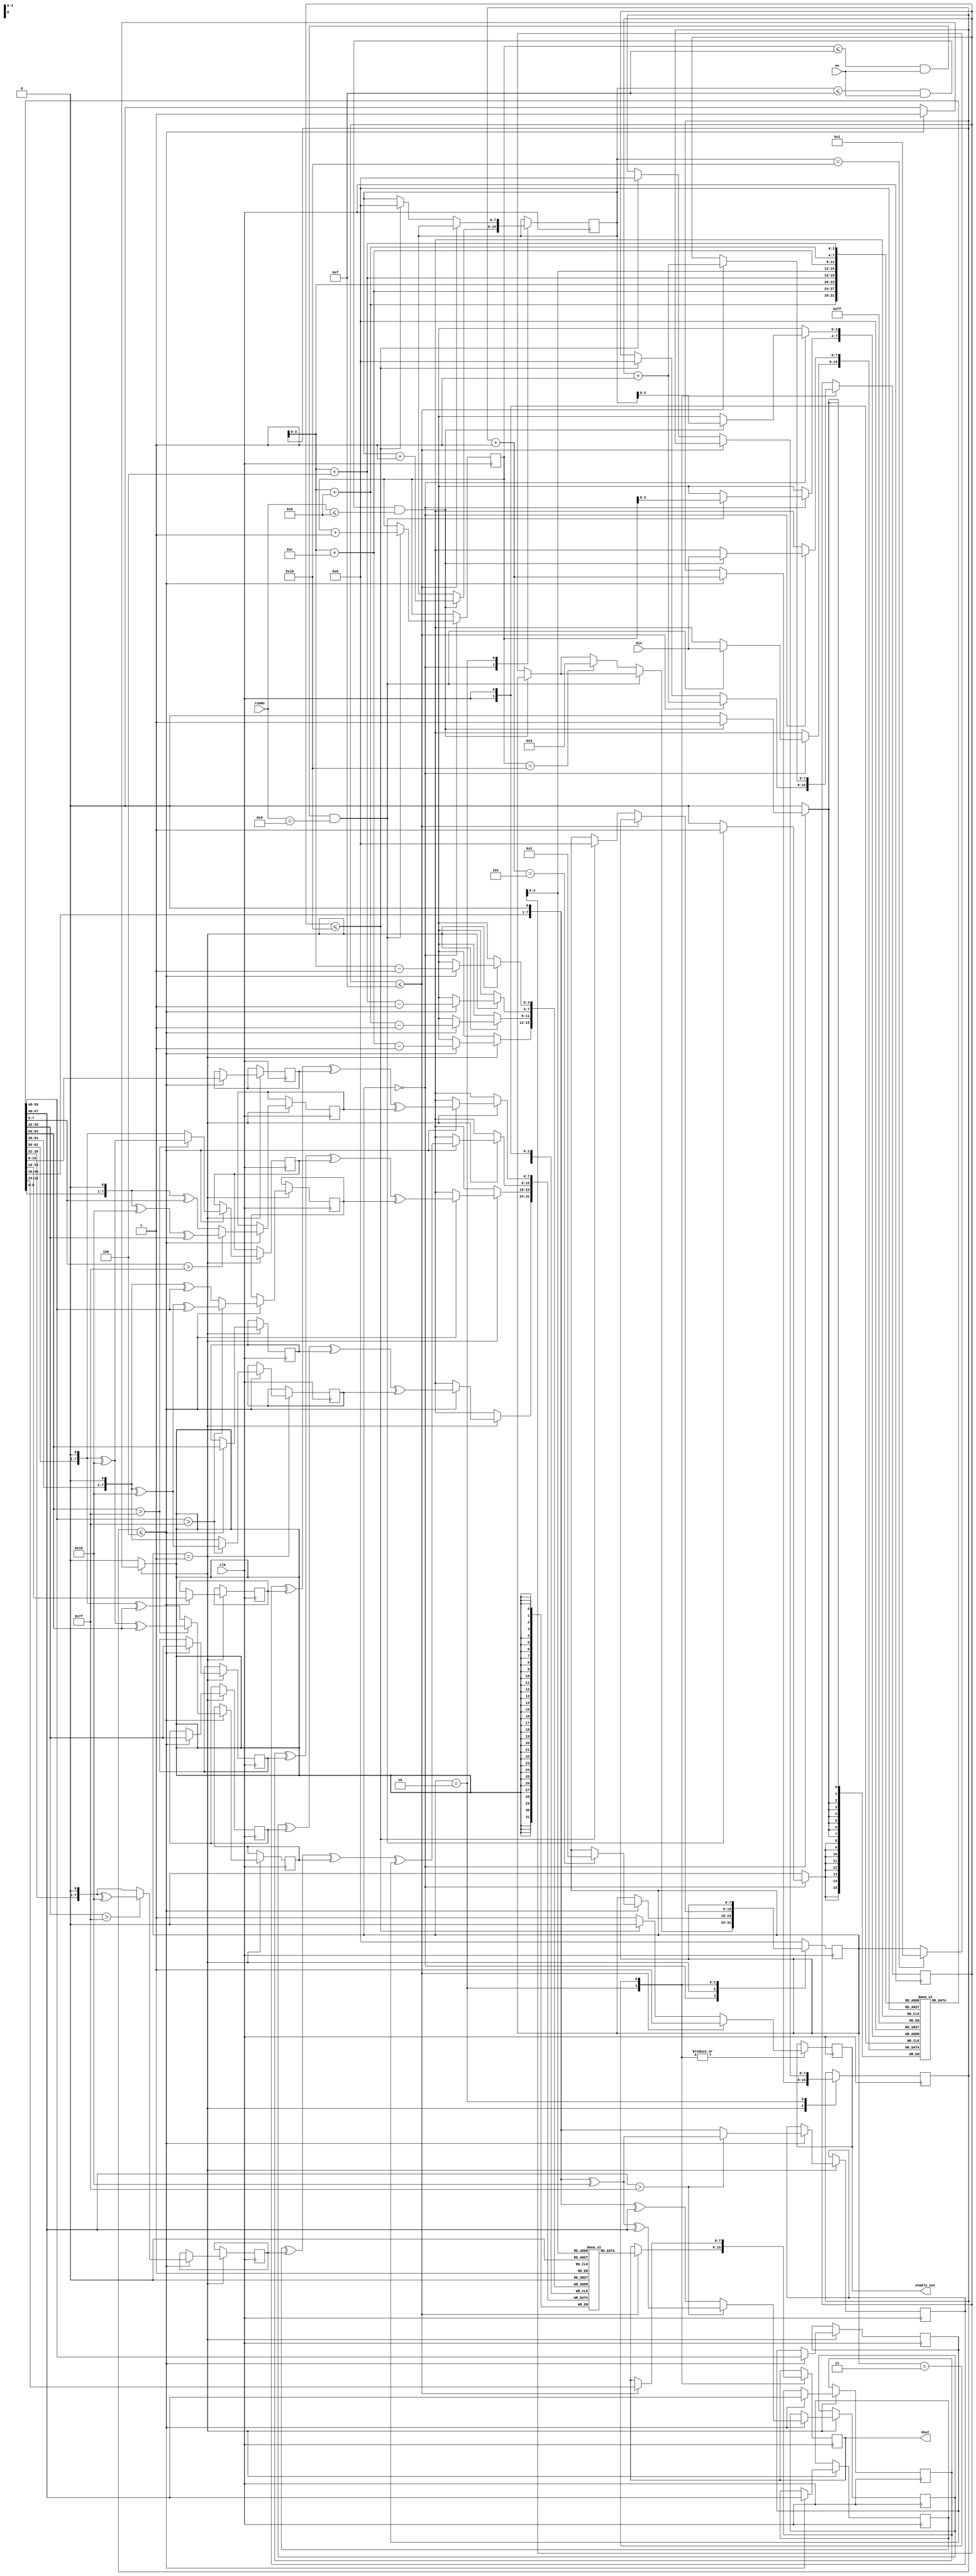
`timescale 1ns / 1ps
//////////////////////////////////////////////////////////////////////////////////
// Company: 
// Engineer: 
// 
// Design Name: 
// Module Name:    Mix_Columns 
// Project Name: 
// Target Devices: 
// Tool versions: 
// Description: 
//
// Dependencies: 
//
// Revision: 
// Revision 0.01 - File Created
// Additional Comments: 
//
//////////////////////////////////////////////////////////////////////////////////
module Mix_Columns(clk,din,dout,en,enable_out,rowNo);
input clk,en;
input [7:0] din ,rowNo;
output reg [7:0] dout;
output enable_out;
reg enable_out =1'd0;
reg[7:0] c=8'd0;
reg [7:0] mem_din [0:15];
reg [7:0] mem_col [0:15];
reg[7:0] state = 8'd0;
reg[7:0] c0,c1,c2,c3,c4,c5,c6,c7,c8,c9,c10,c11,c12,c13,c14,c15;
reg[7:0] p0,p1,p2,p3;
reg[7:0] cs=8'd0;
reg[7:0] co=8'd0;
reg[7:0] cor=8'd0;
always@(posedge clk)begin
case(state)
8'd0:begin
if(c<=8'd15 && en==1'd1 && rowNo <= 8'd8)begin
 mem_din[c] <= din;
 c <= c +1'd1;
end
else if (c== 8'd16)begin
state<= 8'd1;
end
if(cor<=8'd15 && en==1'd1 && rowNo == 8'd9)begin
mem_din[cor] <= din;
 cor <= cor +1'd1;
end
else if (cor== 8'd16)begin
state<= 8'd3;
end
end

8'd1:begin
if(cs<=8'd4)begin
if(mem_din[cs] > 8'd127)begin
   c0 <= (mem_din[cs]<<1) ^ 8'h1b;
end
else begin
c0<=mem_din[cs]<<1;
end

c1<=mem_din[cs+8'd12];
c2<=mem_din[cs+8'd8];
if(mem_din[cs+8'd4] > 8'd127)begin
c3 <= (mem_din[cs +8'd4]<<1) ^ 8'h1b ^mem_din[cs+4];
end
else begin
c3 <= (mem_din[cs+8'd4]<<1)^mem_din[cs+8'd4];
end
p0=c0^c1^c2^c3;
////////////pos1////////////////////
 c4<= mem_din[cs];
////////////////////2///////////////////	  
	if(mem_din[cs+4] > 8'd127)begin
       c5 <= (mem_din[cs+4]<<1) ^ 8'h1b;
      end
else begin
      c5<=mem_din[cs+4]<<1;
end  
////////////////3////////////////////////
if(mem_din[cs+8] > 8'd127)begin
c6 <= (mem_din[cs+8]<<1) ^ 8'h1b ^mem_din[cs+8];
end
else begin
c6 <= (mem_din[cs+8]<<1)^mem_din[cs+8];
end

c7 <= mem_din[cs+12];

p1=c4^c5^c6^c7;
////////////pos1////////////////////
////////////pos2////////////////////

c8<= mem_din[cs];
c9<= mem_din[cs+4];
////////////////////2///////////////////	  
	if(mem_din[cs+8] > 8'd127)begin
       c10 <= (mem_din[cs+8]<<1) ^ 8'h1b;
      end
else begin
      c10<=mem_din[cs+8]<<1;
end  
////////////////3////////////////////////
if(mem_din[cs+12] > 8'd127)begin
c11 <= (mem_din[cs+12]<<1) ^ 8'h1b ^mem_din[cs+12];
end
else begin
c11 <= (mem_din[cs+12]<<1)^mem_din[cs+12];
end
p2=c8^c9^c10^c11;
////////////pos2////////////////////
////////////pos3////////////////////

////////////////3////////////////////////
if(mem_din[cs] > 8'd127)begin
c12 <= (mem_din[cs]<<1) ^ 8'h1b ^mem_din[cs];
end
else begin
c12 <= (mem_din[cs]<<1)^mem_din[cs];
end

c13<= mem_din[cs+4];
c14<= mem_din[cs+8];
////////////////////2///////////////////	  
	if(mem_din[cs+12] > 8'd127)begin
       c15 <= (mem_din[cs+12]<<1) ^ 8'h1b;
      end
else begin
      c15<=mem_din[cs+12]<<1;
end
p3=c12^c13^c14^c15;
 mem_col[cs-1] <= p0;
mem_col[cs+4-1] <= p1; 
mem_col[cs+8-1] <= p2; 
mem_col[cs+12-1] <= p3; 
 cs = cs +8'd1;
 if (cs == 8'd5)begin
 state <=8'd2;
 end
 end
 end
8'd2:begin
  enable_out =1'd1;
  if(co<=8'd15)begin
  dout <= mem_col[co];
  co <= co +8'd1;
  end
  else if (co<= 8'd16)begin
  enable_out =1'd0;
  state <=8'd0;
  co<=8'd0;
  cs=8'd0;
  c<=8'd0;
  end
  
  end
8'd3:begin
  enable_out =1'd1;
  if(co<=8'd15)begin
  dout <= mem_din[co];
  co <= co +8'd1;
  end
else if (co<= 8'd16)begin
  enable_out =1'd0;
  end
  end

default : state <=8'd0;
endcase
end
endmodule